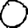
Digit: 0